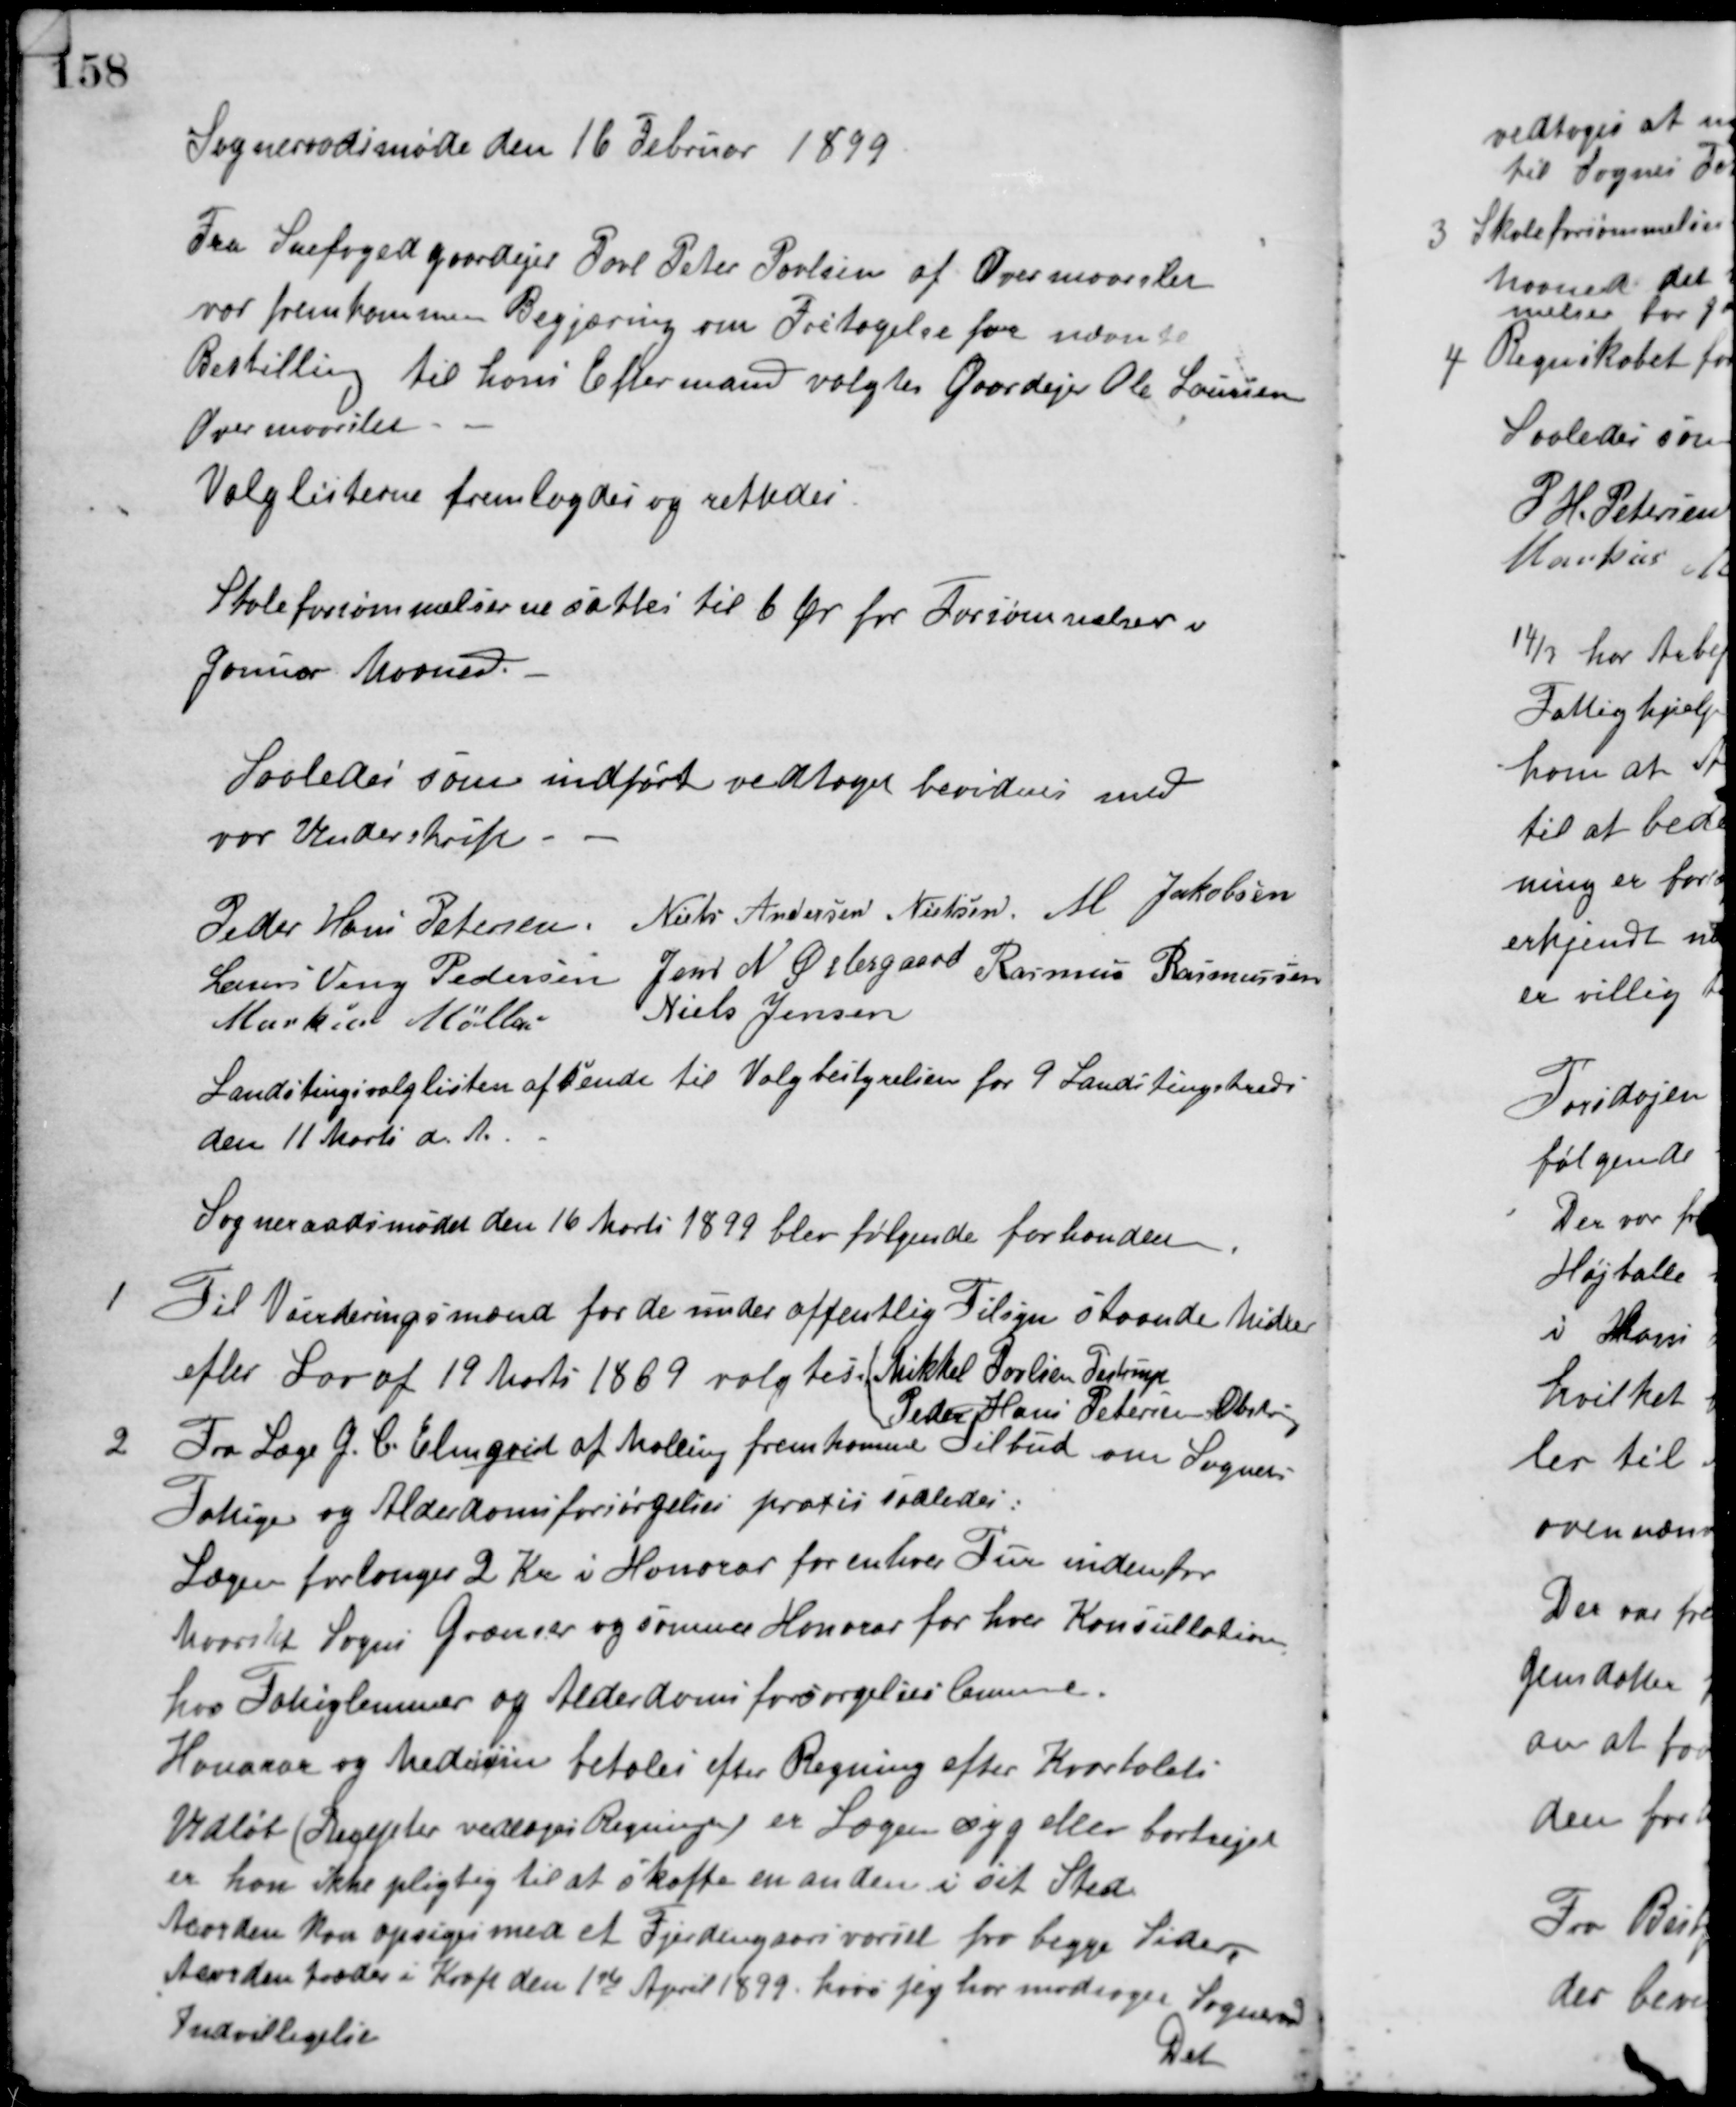
Transskription:
Sogneraadsmøde den 16 Februar 1899
Fra Snefoged Gaardejer Carl Peter Poulsen af Overmaarslet
var fremkommen Begjæring om Fritagelse for nævnte
Bestilling til hans Eftermand valgtes Gaardejer Ole Laursen
Overmaarslet.
Valglisterne fremlagdes og rettedes
Skoleforsømmelserne sattes til 6 Øre for Forsømmelser i
Januar Maaned.
Saaledes som indført vedtaget bevidnes med
vor Underskrift.
Peder Hans Petersen Niels Andersen Nielsen M. Jakobsen
Laurs Veng Pedersen Jens N. Østergaard Rasmus Rasmussen
Markus Møller Niels Jensen
Landstingsvalglisten afsendt til Valgbestyrelsen for 9 Landstingskreds
den 11 Marts d. A.
Sogneraadsmødet den 16 Marts 1899 blev følgende forhandlet
1 Til Vurderingsmænd for de under offentlig Tilsyn staaende Midler
efter Lov af 19 Marts 1869 valgtes Mikkel Poulsen Testrup
Peder Hans Petersen Obstrup
2 Fra Læge J. C. Elmqvist af Malling fremkomne Tilbud om Sognets
Fattige og Alderdomsforsørgelses prakis saaledes:
Lægen forlanger 2 Kr i Honorar for enhver Tur indenfor
Maarslet Sogns Grænser og samme Honorar for hver Konsultation
hos Fatiglemmer og Alderdomsforsørgelseslemmer.
Honorar og Medicin betales efter Regning efter Kvartalets
Udløb (Recepter vedlæges Regningen) er Lægen syg eller bortrejst
er han ikke pligtig til at skaffe en anden i sit Sted.
Acorden kan opsiges med et Fjerdingaars varsel fra begge Sider,
Acorden træder i Kraft den 1ste April 1899. hvor jeg har modtages Sogneraadets
Indvilligelse
Det